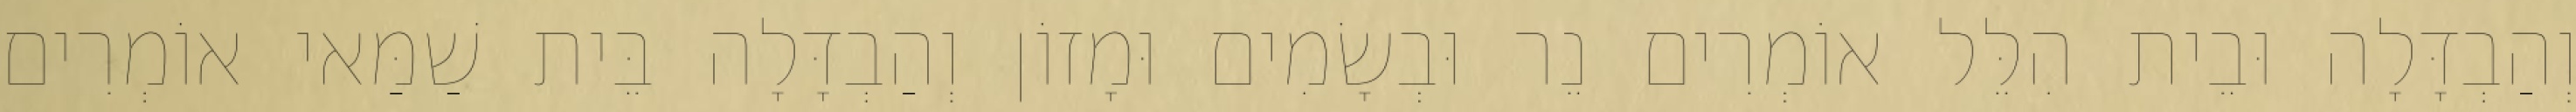
וְהַבְדָּלָה וּבֵית הִלֵּל אוֹמְרִים נֵר וּבְשָׂמִים וּמָזוֹן וְהַבְדָּלָה בֵּית שַׁמַּאי אוֹמְרִים